Annual report of the Civil Veterinary Department, Bengal, for the year 1898-99 - 1898-1899
Year: 1898
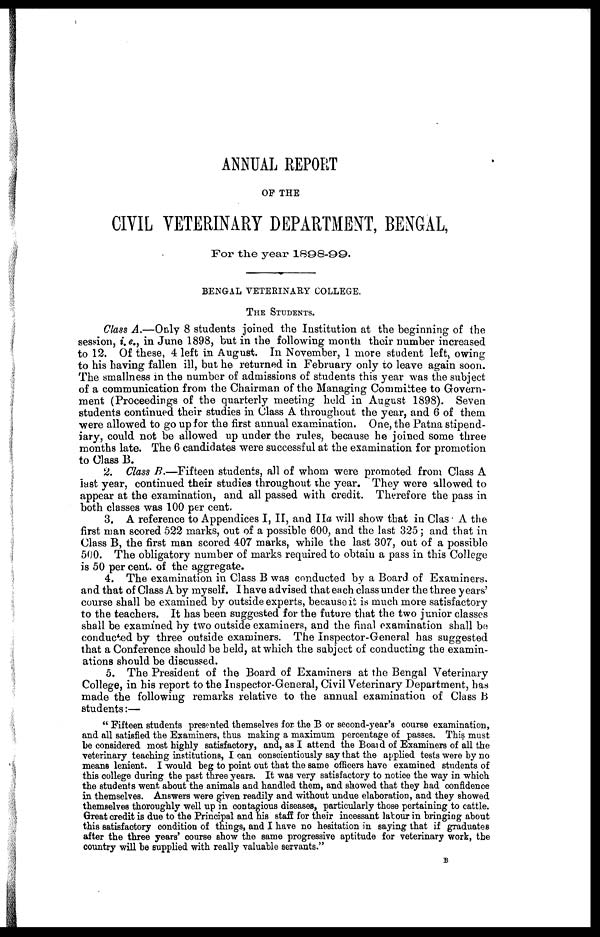
ANNUAL REPORT
OF THE
CIVIL VETERINARY DEPARTMENT, BENGAL,
For the year 1898-99.
BENGAL VETERINARY COLLEGE.
THE STUDENT.
Class A.—Only 8 students joined the Institution at the beginning of the
session, i.e., in June 1898, but in the following month their number increased
to 12. Of these, 4 left in August. In November, 1 more student left, owing
to his having fallen ill, but he returned in February only to leave again soon.
The smallness in the number of admissions of students this year was the subject
of a communication from the Chairman of the Managing Committee to Govern-
ment (Proceedings of the quarterly meeting held in August 1898). Seven
students continued their studies in Class A throughout the year, and 6 of them
were allowed to go up for the first annual examination. One, the Patna stipend-
iary, could not be allowed up under the rules, because he joined some three
months late. The 6 candidates were successful at the examination for promotion
to Class B.
2.
Class B.—Fifteen students, all of whom were promoted from Class A
last year, continued their studies throughout the year. They were allowed to
appear at the examination, and all passed with credit. Therefore the pass in
both classes was 100 per cent.
3. A reference to Appendices I, II, and IIa will show that in Clas A the
first man scored 522 marks, out of a possible 600, and the last 325; and that in
Class B, the first man scored 407 marks, while the last 307, out of a possible
500.
The obligatory number of marks required to obtain a pass in this College
is 50 per cent. of the aggregate.
4. The examination in Class B was conducted by a Board of Examiners.
and that of Class A by myself. I have advised that each class under the three years'
course shall be examined by outside experts, because it is much more satisfactory
to the teachers. It has been suggested for the future that the two junior classes
shall be examined by two outside examiners, and the final examination shall be
conducted by three outside examiners. The Inspector-General has suggested
that a Conference should be held, at which the subject of conducting the examin-
ations should be discussed.
5. The President of the Board of Examiners at the Bengal Veterinary
College, in his report to the Inspector-General, Civil Veterinary Department, has
made the following remarks relative to the annual examination of Class B
students:—
" Fifteen students presented themselves for. the B or second-year's course examination,
and all satisfied the Examiners, thus making a maximum percentage of passes. This must
he considered most highly satisfactory, and, as I attend the Board of Examiners of all the
veterinary teaching institutions, I can conscientiously say that the applied tests were by no
means lenient. I would beg to point out that the same officers have examined students of
this college during the past three years. It was very satisfactory to notice the way in which
the students went about the animals and handled them, and showed that they had confidence
in themselves. Answers were given readily and without undue elaboration, and they showed
themselves thoroughly well up in contagious diseases, particularly those pertaining to cattle.
Great credit is due to the Principal and his staff for their incessant labour in bringing about
this satisfactory condition of things, and I have no hesitation in saying that if graduates
after the three years' course show the same progressive aptitude for veterinary work, the
country will be supplied with really valuable servants."